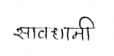
मजकूर: सावधानी